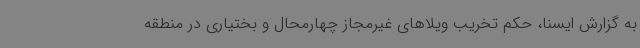
به گزارش ایسنا، حکم تخریب ویلاهای غیرمجاز چهارمحال و بختیاری در منطقه